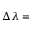
\Delta \lambda =